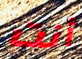
أنت